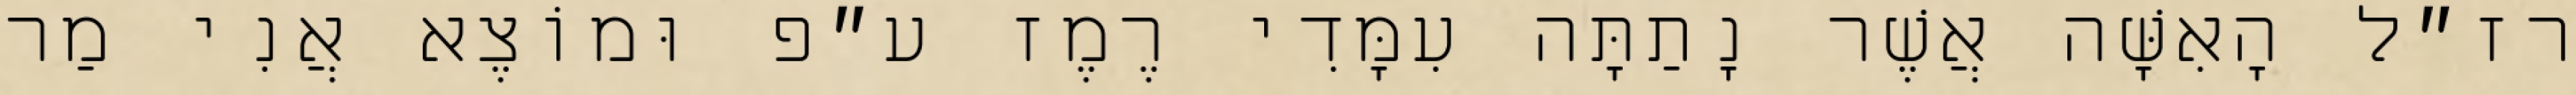
רז״ל הָאִשָּׁה אֲשֶׁר נָתַתָּה עִמָּדִי רֶמֶז ע״פ וּמוֹצֶא אֲנִי מַר